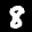
Label: 8